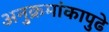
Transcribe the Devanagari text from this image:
अनुक्रमांकापुढे